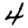
Digit: 4